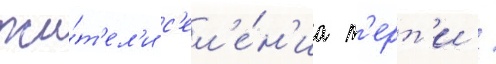
жи́т'ел'и с'ел'е́н'иа т'ерт'и /